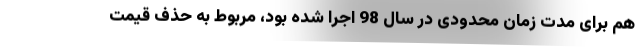
هم برای مدت زمان محدودی در سال 98 اجرا شده بود، مربوط به حذف قیمت